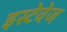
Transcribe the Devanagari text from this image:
इस्टेवेज